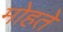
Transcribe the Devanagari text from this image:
मोहते